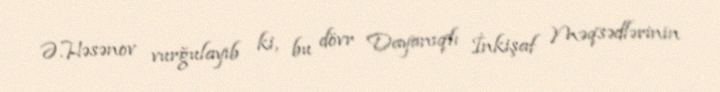
Ə.Həsənov vurğulayıb ki, bu dövr Dayanıqlı İnkişaf Məqsədlərinin